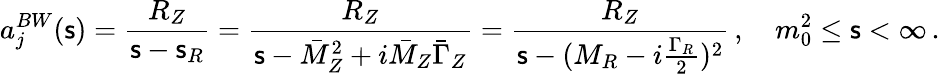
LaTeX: a_{j}^{BW}({\mathsf s})=\frac{R_{Z}}{{\mathsf s}-{\mathsf s}_{R}}=\frac{R_{Z}}{{\mathsf s}-\bar{M}_{Z}^{2}+i\bar{M}_{Z}\bar{\Gamma}_{Z}}=\frac{R_{Z}}{{\mathsf s}-(M_{R}-i\frac{\Gamma_{R}}{2})^{2}}\, ,\quad m_{0}^{2}\leq{\mathsf s}<\infty\, .